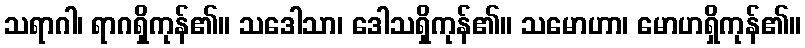
သရာဂါ၊ ရာဂရှိကုန်၏။ သဒေါသာ၊ ဒေါသရှိကုန်၏။ သမောဟာ၊ မောဟရှိကုန်၏။